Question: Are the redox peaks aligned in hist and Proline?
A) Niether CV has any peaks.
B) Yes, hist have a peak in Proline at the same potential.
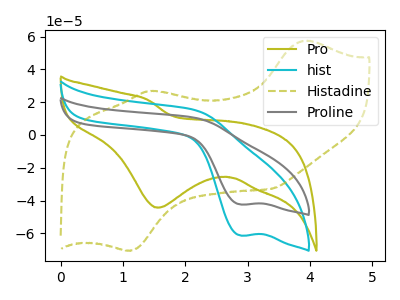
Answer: <think>The olive curve "Pro" has a cathodic peak at: (1.55V, -44.35uA). The cyan curve "hist" has a cathodic peak at: (2.90V, -61.40uA). The olive dashed curve "Histadine" has anodic peaks at (3.90V, 57.40uA) (1.45V, 26.85uA) and cathodic peaks at (1.10V, -70.40uA) (3.40V, -32.85uA). The gray curve "Proline" has a cathodic peak at: (2.90V, -42.45uA).</think>
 <answer>B) Yes, "hist" have a peak in "Proline" at the same potential.</answer>
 <eval>B</eval>